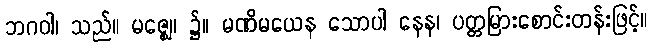
ဘဂဝါ၊ သည်။ မဇ္ဈေ၊ ၌။ မဏိမယေန သောပါ နေန၊ ပတ္တမြားစောင်းတန်းဖြင့်။